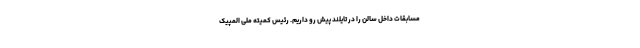
مسابقات داخل سالن را در تایلند پیش رو داریم. رئیس کمیته ملی المپیک